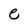
Character: e